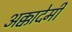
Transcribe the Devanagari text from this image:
अक्कादेमी